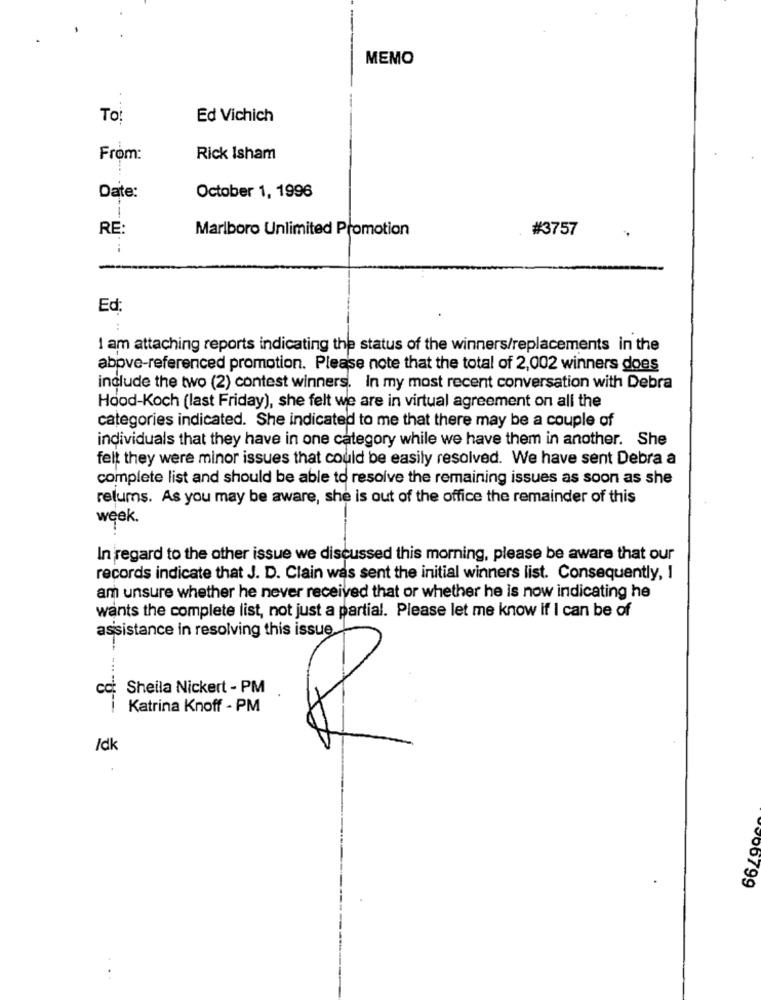
MEMO
To:
Ed Vichich
From:
Rick Isham
Date:
October 1, 1996
RE:
Marlboro Unlimited Promotion
#3757
Ed
1 am attaching reports indicating the status of the winners/replacements in the
above-referenced promotion. Please note that the total of 2,002 winners does
include the two (2) contest winners. In my most recent conversation with Debra
Hood-Koch (last Friday), she felt we are in virtual agreement on all the
categories indicated. She indicated to me that there may be a couple of
individuals that they have in one category while we have them in another. She
felt they were minor issues that could be easily resolved. We have sent Debra a
complete list and should be able to resolve the remaining issues as soon as she
relums. As you may be aware, she is out of the office the remainder of this
week.
In regard to the other issue we discussed this morning, please be aware that our
records indicate that J. D. Clain was sent the initial winners list. Consequently, I
am unsure whether he never received that or whether he is now indicating he
wants the complete list, not just a partial. Please let me know if I can be of
assistance in resolving this issue,
cci
Sheila Nickert - PM
Katrina Knoff - PM
/dk
906799